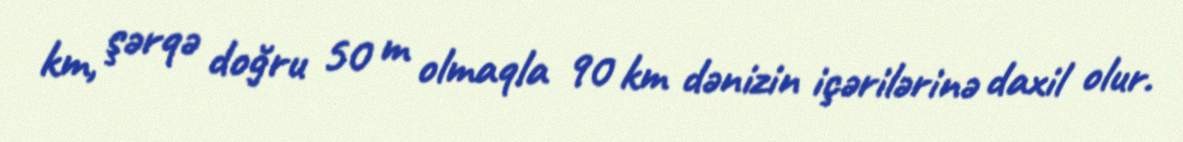
km, şərqə doğru 50 m olmaqla 90 km dənizin içərilərinə daxil olur.